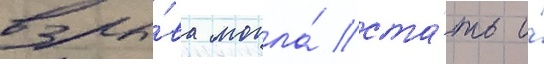
взры́ва могла́ ста́ть и́